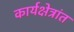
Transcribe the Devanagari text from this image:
कार्यक्षेत्रांत